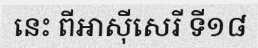
នេះ ពីអាស៊ីសេរី ទី១៨